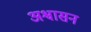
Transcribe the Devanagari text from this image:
अश्वासन